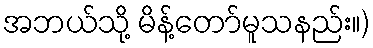
အဘယ်သို့ မိန့်တော်မူသနည်း။)